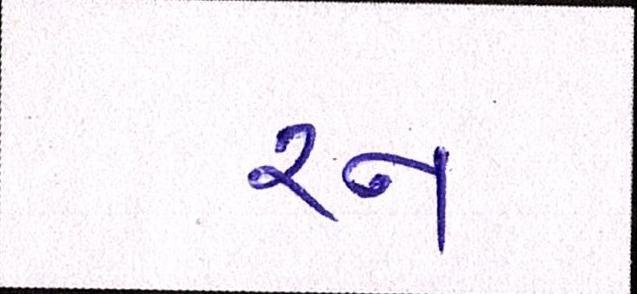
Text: રન